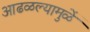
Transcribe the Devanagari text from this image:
आढळल्यामुळें